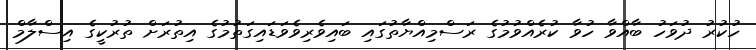
ހުކުރު ދުވަހު ބާއްވާ ހުވާ ކުރެއްވުމުގެ ރަސްމިއްޔާތުގައި ބައިވެރިވެވަޑައިގަތުމުގެ އިތުރަށް ތުރުކީގެ އިސްލާމް